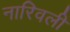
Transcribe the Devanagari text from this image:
नारिवली